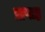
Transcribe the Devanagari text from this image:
प्राप्तह